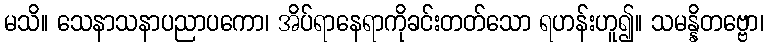
မသိ။ သေနာသနာပညာပကော၊ အိပ်ရာနေရာကိုခင်းတတ်သော ရဟန်းဟူ၍။ သမန္နိတဗ္ဗော၊